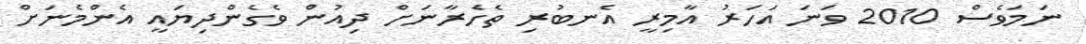
ނަމަވެސް 2010 ވަނަ އަހަރު އާމިރީ އެނބުރި ތެހެރާނަށް ދިއުން ވެގެންދިޔައީ އެންމެނަށް